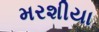
મરશીયા